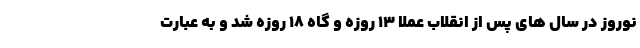
نوروز در سال های پس از انقلاب عملا 13 روزه و گاه 18 روزه شد و به عبارت